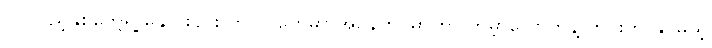
၂၀ ပြည့်နှစ်တွေရဲ့ နှောင်းပိုင်း ကာလတွေမှာ အိုပဲန်ဟိုင်မာဟာ ကမ္ဘာလောကနဲ့ ကင်းကွာနိုင်မယ့်